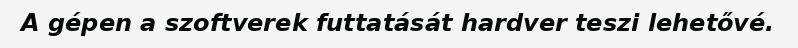
A gépen a szoftverek futtatását hardver teszi lehetővé.